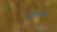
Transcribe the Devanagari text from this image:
पानझडीचे